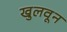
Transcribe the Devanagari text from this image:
खुलवून